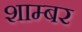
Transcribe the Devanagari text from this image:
शाम्बर